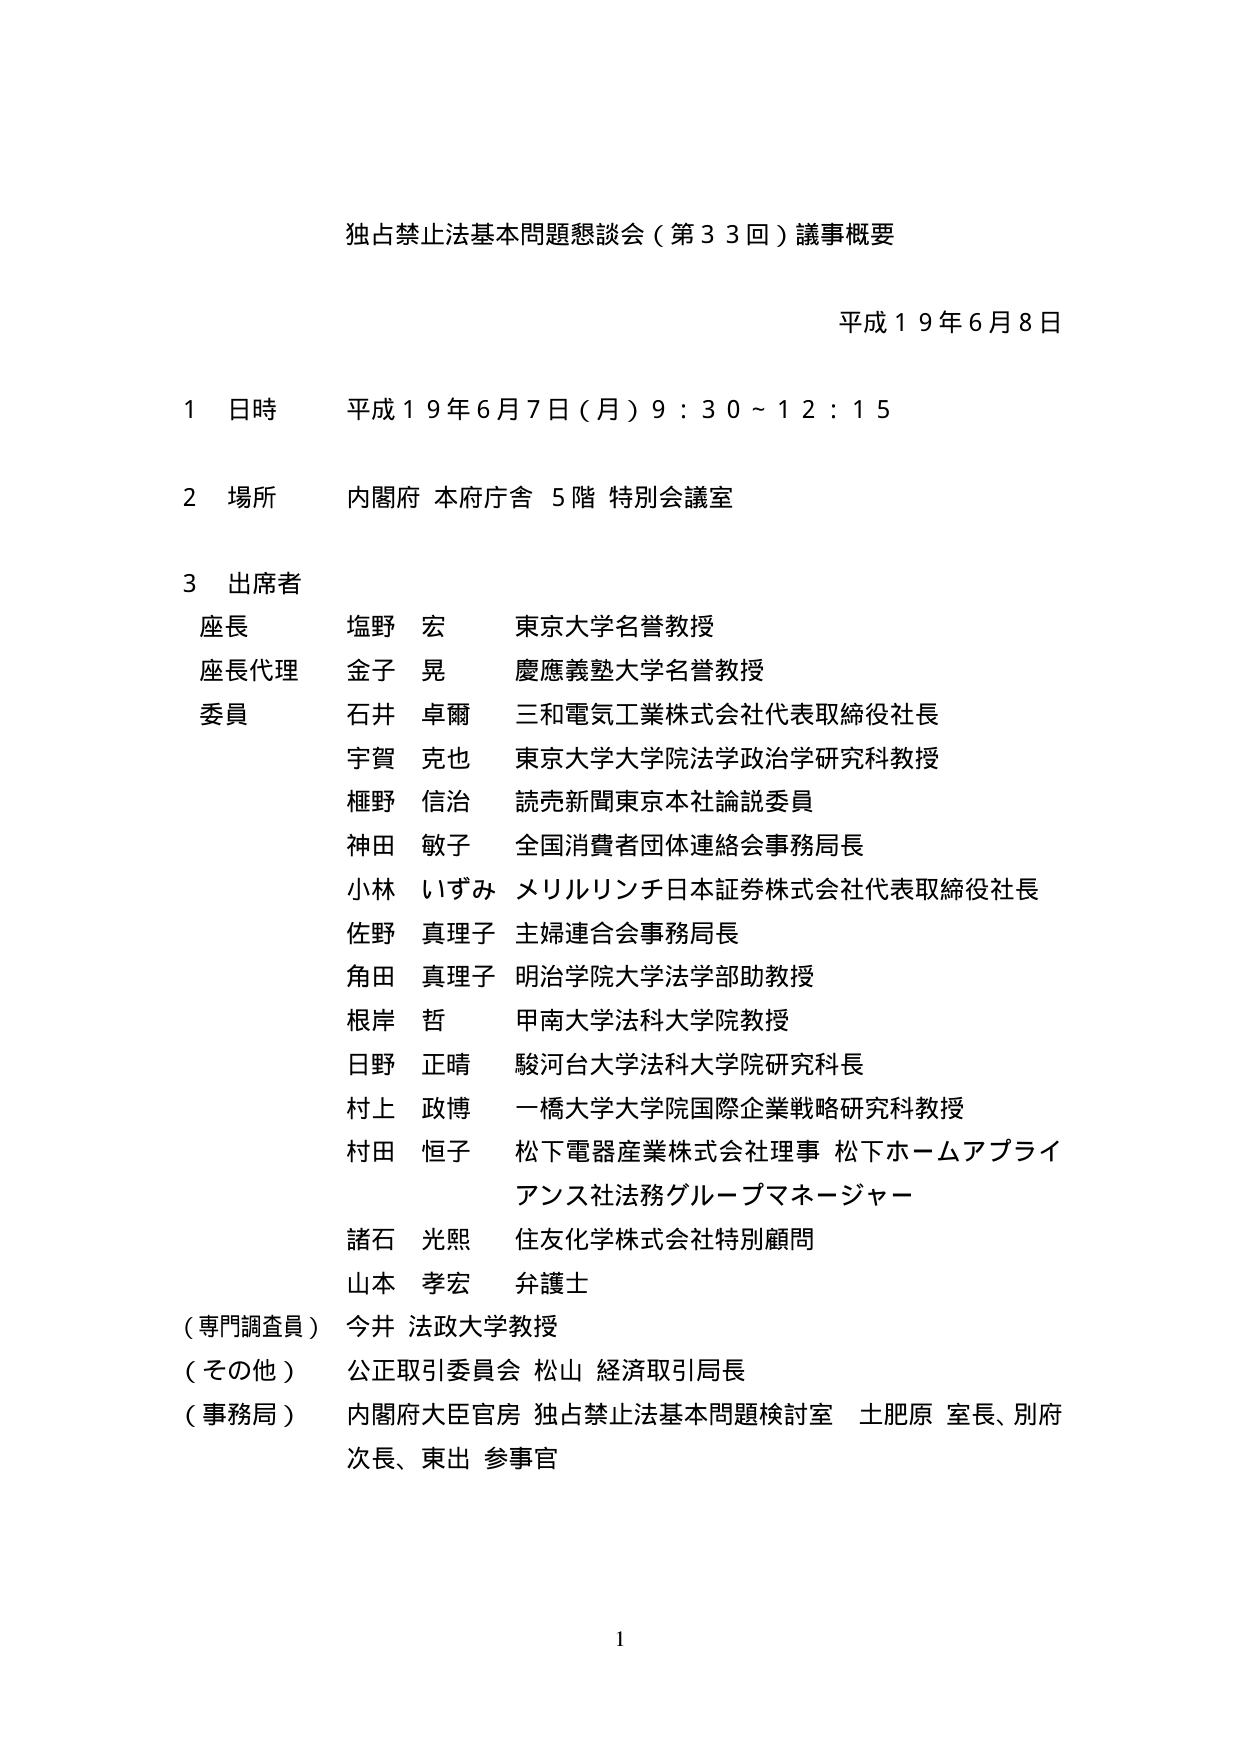
独占禁止法基本問題懇談会（第33回）議事概要

平成19年6月8日

1 日時 平成19年6月7日（月）9:30～12:15

2 場所 内閣府 本府庁舎 5階 特別会議室

3 出席者
座長 塩野 宏 東京大学名誉教授
座長代理 金子 晃 慶應義塾大学名誉教授
委員 石井 卓爾 三和電気工業株式会社代表取締役社長
宇賀 克也 東京大学大学院法学政治学研究科教授
樫野 信治 読売新聞東京本社論説委員
神田 敏子 全国消費者団体連絡会事務局長
小林 いずみ メリルリンチ日本証券株式会社代表取締役社長
佐野 真理子 主婦連合会事務局長
角田 真理子 明治学院大学法学部助教授
根岸 哲 甲南大学法科大学院教授
日野 正晴 駿河台大学法科大学院研究科長
村上 政博 一橋大学大学院国際企業戦略研究科教授
村田 恒子 松下電器産業株式会社理事 松下ホームアプライアンス法務グループマネージャー
諸石 光熙 住友化学株式会社特別顧問
山本 孝宏 弁護士
（専門調査員）今井 法政大学教授
（その他）公正取引委員会 松山 経済取引局長
（事務局）内閣府大臣官房 独占禁止法基本問題検討室 土肥原 室長、別府 次長、東出 参事官

1